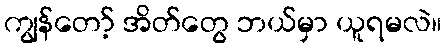
ကျွန်တော့် အိတ်တွေ ဘယ်မှာ ယူရမလဲ။